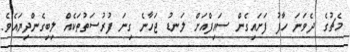
މެޗުގެ ދެވަނަ ހާފު ފަށައިގެން ސައިފްއަށް ލަނޑު ޖަހާނެ ގިނަ ފުރުސަތުތަކެއް ލިބިގެންދިޔައެވެ.